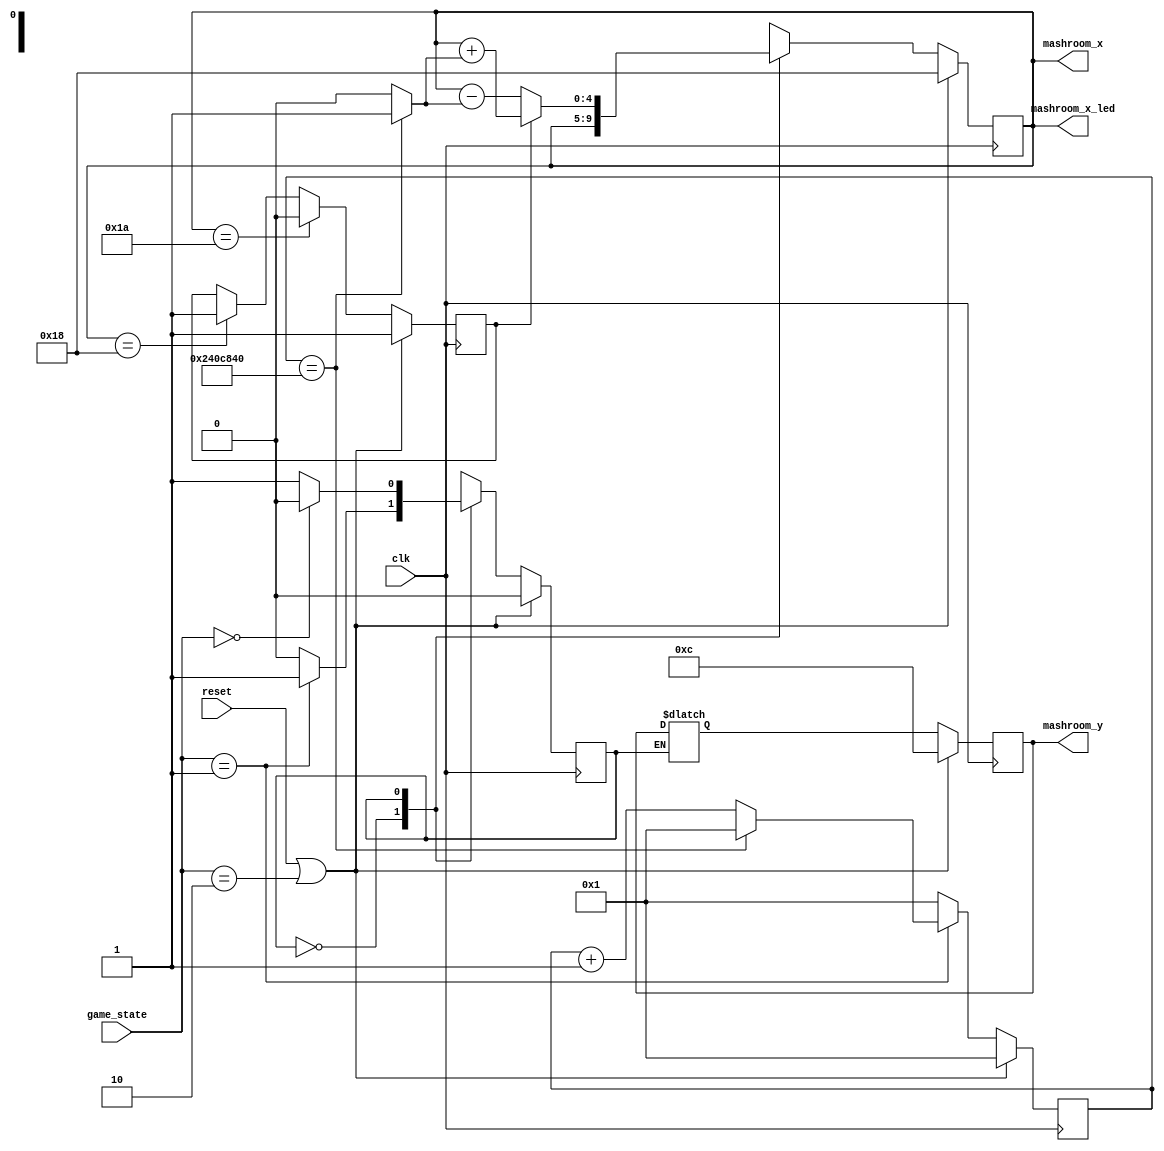
`timescale 1ns / 1ps
module mashroom_movement2(
    input wire clk, reset,
    input wire [1:0] game_state,
    output reg [4:0] mashroom_x, mashroom_y, // which is display
    output reg [4:0] mashroom_x_led
);

    // mashroom's state
    parameter STOP = 1'd0;
	parameter MOVING = 1'd1;

	// game end, gaming
	parameter GAME_END = 2'd0;
	parameter GAME_ING = 2'd1;
	parameter GAME_START = 2'd2;

    // mashroom's position
	reg [4:0] mashroom_next_x;
	reg [4:0] mashroom_next_y;

	// state
	reg mashroom_movement, next_mashroom_movement;

	// create mashroom moving counter
	reg [37:0] mashroom_moving_counter, next_mashroom_moving_counter;
	wire mashroom_moving_clk = (mashroom_moving_counter == 90*800*525)? 1 : 0;

    reg mashroom_direction, next_mashroom_direction;

    always @(*) begin
        mashroom_x_led = mashroom_x;
    end

    // mashroom dir: 110011001100...
    // seq
    always @(posedge clk) begin
        if (reset || game_state == GAME_START)
            mashroom_direction <= 1;
        else 
            mashroom_direction <= next_mashroom_direction;
    end

    // comb
    always @(*) begin
        if (mashroom_x == 26)
            next_mashroom_direction = 0;
        else if (mashroom_x == 24)
            next_mashroom_direction = 1;
        else 
            next_mashroom_direction = mashroom_direction;
    end

    // mashroom moving counter seq
	always @(posedge clk) begin
		if (reset || game_state == GAME_START) begin
			mashroom_moving_counter <= 1;
		end
		else begin
			mashroom_moving_counter <= next_mashroom_moving_counter;
		end
	end

    // mashroom moving counter comb

	always @(*) begin
		if (game_state == GAME_ING) begin
			if (mashroom_moving_counter == 90*800*525)
				next_mashroom_moving_counter = 1;
			else 
				next_mashroom_moving_counter = mashroom_moving_counter+1;
		end
		else begin
			next_mashroom_moving_counter = 1;
		end
	end

    // mashroom_movement squential
	always @(posedge clk) begin
		if (reset || game_state == GAME_START) begin
			mashroom_movement <= STOP;
		end
		else begin
			mashroom_movement <= next_mashroom_movement;
		end
	end

    // mashroom_movement transfer
	always @(*) begin
		case (mashroom_movement)
			STOP: begin
				if (game_state == GAME_ING)
                    next_mashroom_movement = MOVING;
				else 
					next_mashroom_movement = STOP;
			end
			MOVING: begin
                if (game_state == GAME_END)
                    next_mashroom_movement = STOP;
                else 
                    next_mashroom_movement = MOVING;
            end
		endcase
	end

    // mashroom movement comb
    // 0: backward, 1: forward 
	always @* begin
        case (mashroom_movement)
        	STOP: begin
				mashroom_next_x = mashroom_x;
                mashroom_next_y = mashroom_y;
			end
			MOVING: begin
                if (mashroom_direction == 1)
                    mashroom_next_x = mashroom_x + mashroom_moving_clk;
                else 
                    mashroom_next_x = mashroom_x - mashroom_moving_clk;
            end
		endcase
	end

    
    always @(posedge clk) begin
		if (reset || game_state == GAME_START) begin
			mashroom_x <= 24;
			mashroom_y <= 12;
		end
		else begin
			mashroom_x <= mashroom_next_x;
			mashroom_y <= mashroom_next_y;
		end
	end

endmodule